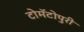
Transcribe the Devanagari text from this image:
टोमॅटोपुरी